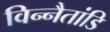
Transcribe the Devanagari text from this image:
विन्नैतांडि